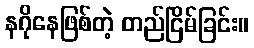
နဂိုနေဖြစ်တဲ့ တည်ငြိမ်ခြင်း။